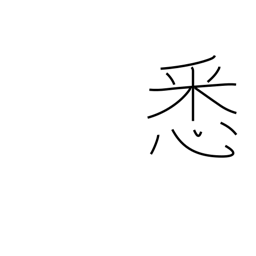
Meaning: completely